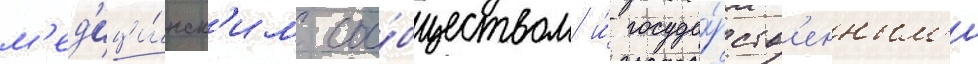
м'ед'ици́нск'им соо́бществом и́ госуда́рств'енным'и